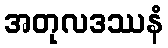
အတုလဒဿနံ